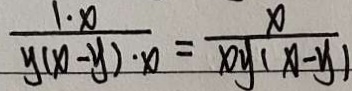
\frac { 1 \cdot x } { y ( x - y ) \cdot x } = \frac { x } { x y ( x - y ) }